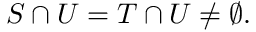
S \cap U = T \cap U \neq \emptyset .